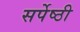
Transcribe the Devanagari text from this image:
सर्पेष्ठी